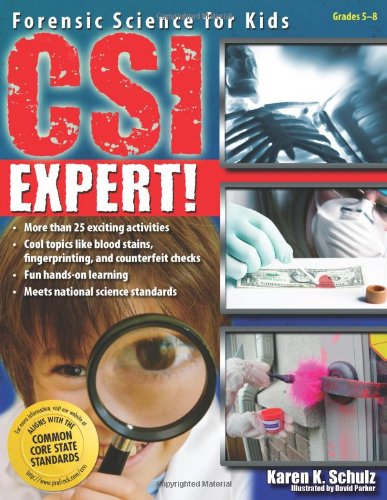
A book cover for CSI Expert!: Forensic Science for Kids; Karen Schulz; Science & Math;